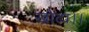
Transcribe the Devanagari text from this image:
खोटा।।